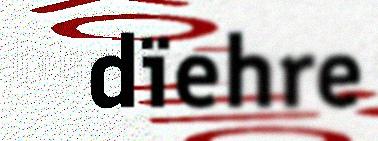
dïehre